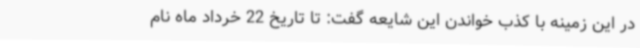
در این زمینه با کذب خواندن این شایعه گفت: تا تاریخ 22 خرداد ماه نام